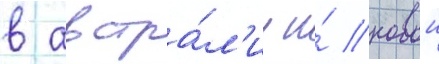
в австра́л'ии и́ новои